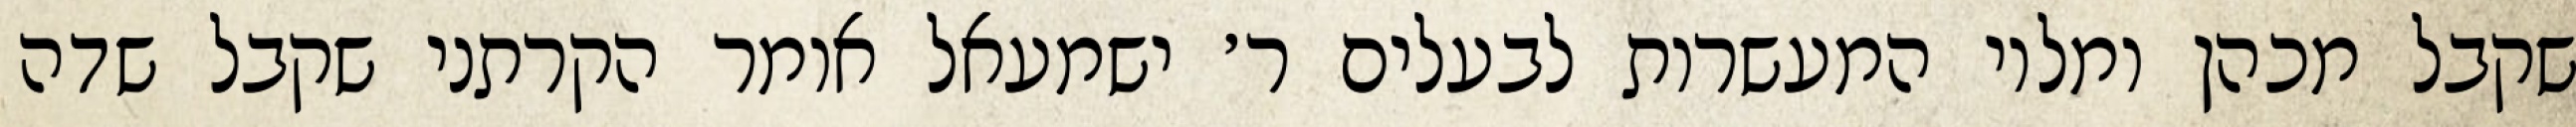
שקבל מכהן ומלוי המעשרות לבעלים ר׳ ישמעאל אומר הקרתני שקבל שדה